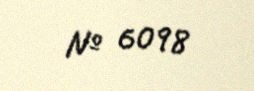
№ 6098